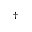
^ { \dagger }